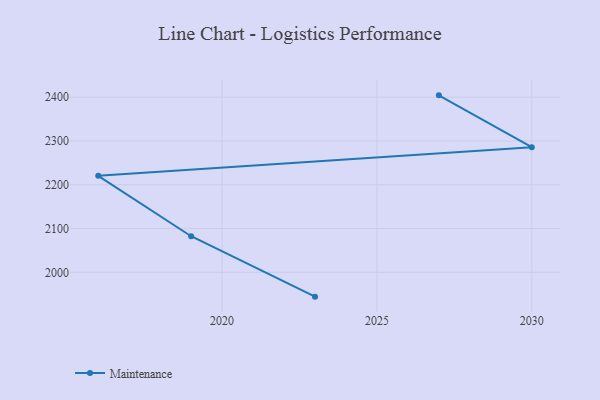
{"axis": {"x": "Year", "y": "Churn Rate (%)"}, "legend": ["Maintenance"], "data": [{"x": "2023", "y": 1944.5, "type": "Maintenance"}, {"x": "2019", "y": 2082.5, "type": "Maintenance"}, {"x": "2016", "y": 2220.5, "type": "Maintenance"}, {"x": "2030", "y": 2285.9, "type": "Maintenance"}, {"x": "2027", "y": 2404.2, "type": "Maintenance"}]}